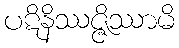
ပဋိနိဿဇ္ဇိဿာမိ